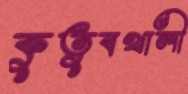
কুতুবখালী